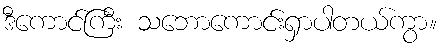
ဒီကောင်ကြီး သဘောကောင်းရှာပါတယ်ကွာ။